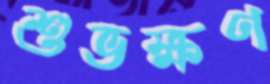
শুভক্ষণ